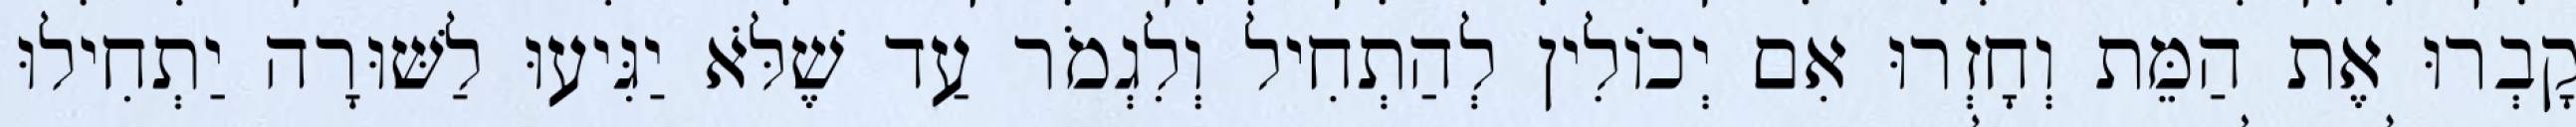
קָבְרוּ אֶת הַמֵּת וְחָזְרוּ אִם יְכוֹלִין לְהַתְחִיל וְלִגְמֹר עַד שֶׁלֹּא יַגִּיעוּ לַשּׁוּרָה יַתְחִילוּ